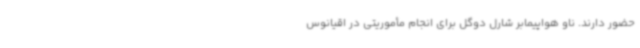
حضور دارند. ناو هواپیمابر شارل دوگل برای انجام مأموریتی در اقیانوس